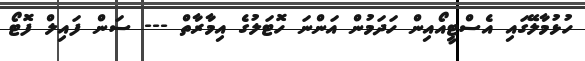
ހުޅުމާލޭގައި އެސްޓީއޯއިން ހަދަމުން އަންނަ ހޮޓަލުގެ އިމާރާތް --- ސަން ފައިލް ފޮޓޯ